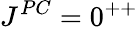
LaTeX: J^{PC}=0^{++}